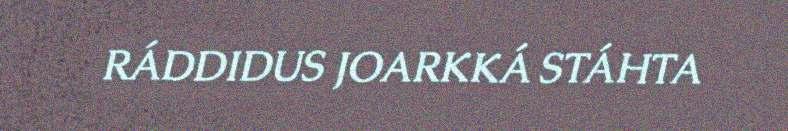
RÁDDIDUS JOARKKÁ STÁHTA